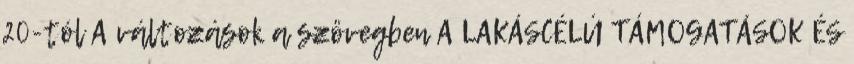
20-tól A változások a szövegben A LAKÁSCÉLÚ TÁMOGATÁSOK ÉS